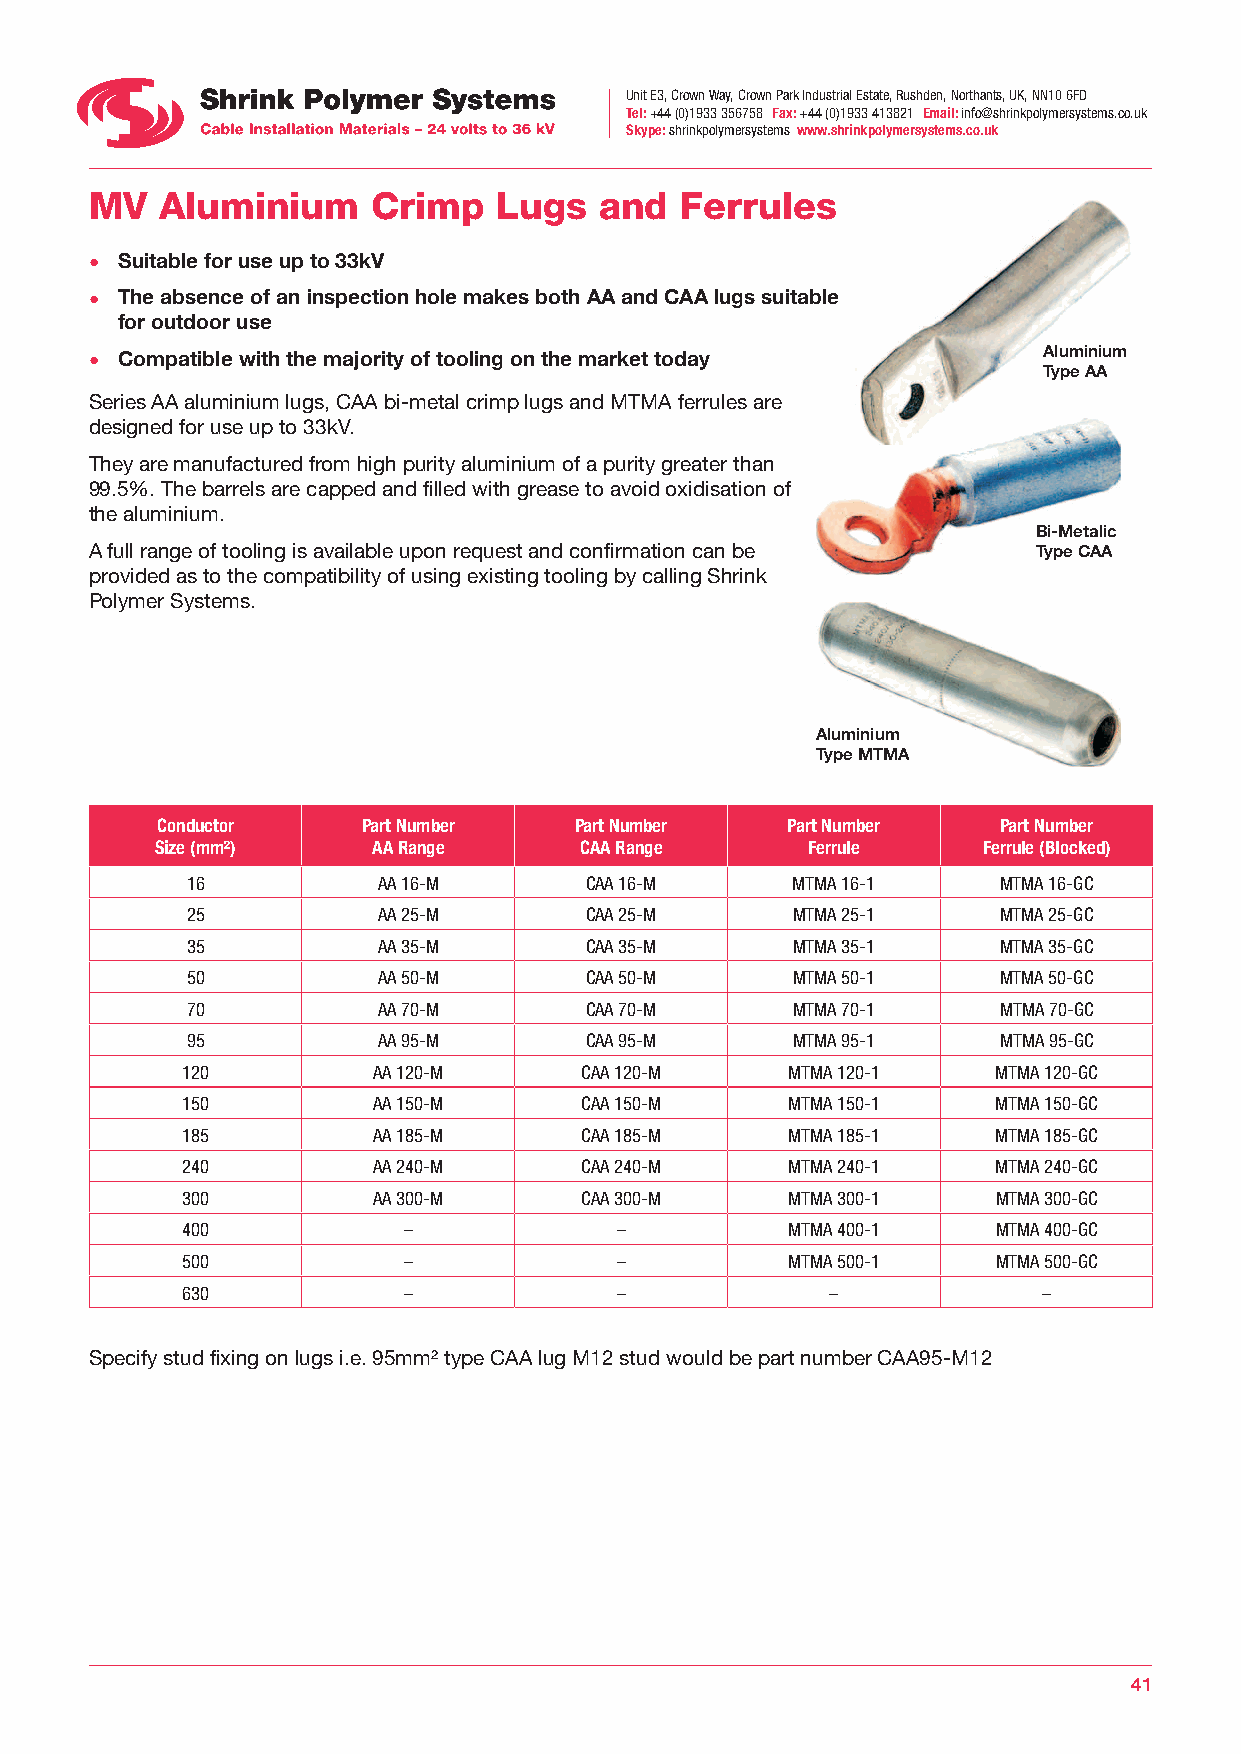
Unit E3, Crown Way, Crown Park Industrial Estate, Rushden, Northants, UK, NN10 6FD
 Tel: +44 (0)1933 356758 Fax: +44 (0)1933 413821 Email: info@shrinkpolymersystems.co.uk
 Skype: shrinkpolymersystems www.shrinkpolymersystems.co.uk
 MV   Aluminium     Crimp   Lugs   and  Ferrules
 • Suitable for use up to 33kV
 • The absence of an inspection hole makes both AA and CAA lugs suitable
 for outdoor use
 • Compatible with the majority of tooling on the market today  Aluminium
 Type AA
 Series AA aluminium lugs, CAA bi-metal crimp lugs and MTMA ferrules are
 designed for use up to 33kV.
 They are manufactured from high purity aluminium of a purity greater than
 99.5%. The barrels are capped and filled with grease to avoid oxidisation of
 the aluminium.
 Bi-Metalic
 A full range of tooling is available upon request and confirmation can be Type CAA
 provided as to the compatibility of using existing tooling by calling Shrink
 Polymer Systems.
 Aluminium
 Type MTMA
 Conductor     Part Number   Part Number   Part Number   Part Number
 Size (mm²)     AA Range     CAA Range      Ferrule     Ferrule (Blocked)
 16           AA 16-M       CAA 16-M     MTMA 16-1     MTMA 16-GC
 25           AA 25-M       CAA 25-M     MTMA 25-1     MTMA 25-GC
 35           AA 35-M       CAA 35-M     MTMA 35-1     MTMA 35-GC
 50           AA 50-M       CAA 50-M     MTMA 50-1     MTMA 50-GC
 70           AA 70-M       CAA 70-M     MTMA 70-1     MTMA 70-GC
 95           AA 95-M       CAA 95-M     MTMA 95-1     MTMA 95-GC
 120          AA 120-M     CAA 120-M     MTMA 120-1    MTMA 120-GC
 150          AA 150-M     CAA 150-M     MTMA 150-1    MTMA 150-GC
 185          AA 185-M     CAA 185-M     MTMA 185-1    MTMA 185-GC
 240          AA 240-M     CAA 240-M     MTMA 240-1    MTMA 240-GC
 300          AA 300-M     CAA 300-M     MTMA 300-1    MTMA 300-GC
 400            –             –          MTMA 400-1    MTMA 400-GC
 500            –             –          MTMA 500-1    MTMA 500-GC
 630            –             –             –             –
 Specify stud fixing on lugs i.e. 95mm² type CAA lug M12 stud would be part number CAA95-M12
 41